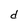
Character: d